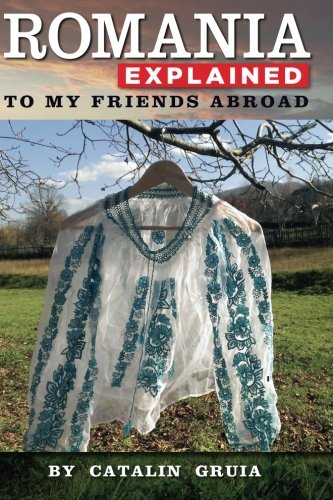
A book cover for Romania Explained To My Friends Abroad: Take Away Romania; Catalin Gruia; Travel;